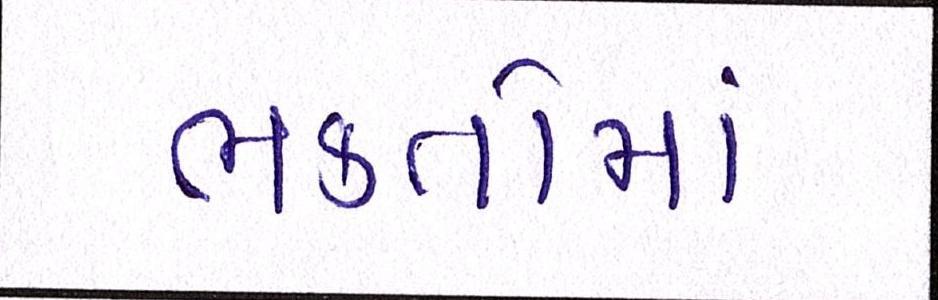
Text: ભકતોમાં